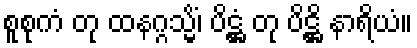
စူစုကံ တု ထနဂ္ဂသ္မိံ၊ ပိဋ္ဌံ တု ပိဋ္ဌိ နာရိယံ။